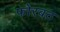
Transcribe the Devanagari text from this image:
फोरबठ